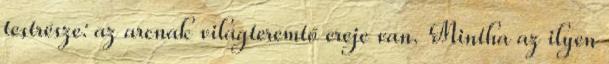
testrésze: az arcnak világteremtő ereje van. Mintha az ilyen